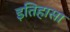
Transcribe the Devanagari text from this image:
इतिहासा